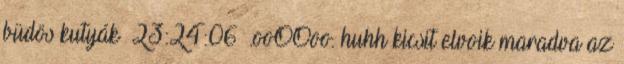
büdös kutyák 23:24:06 .ooOOoo. huhh kicsit elvoik maradva az